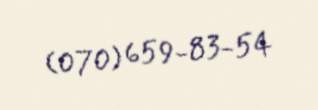
(070) 659-83-54